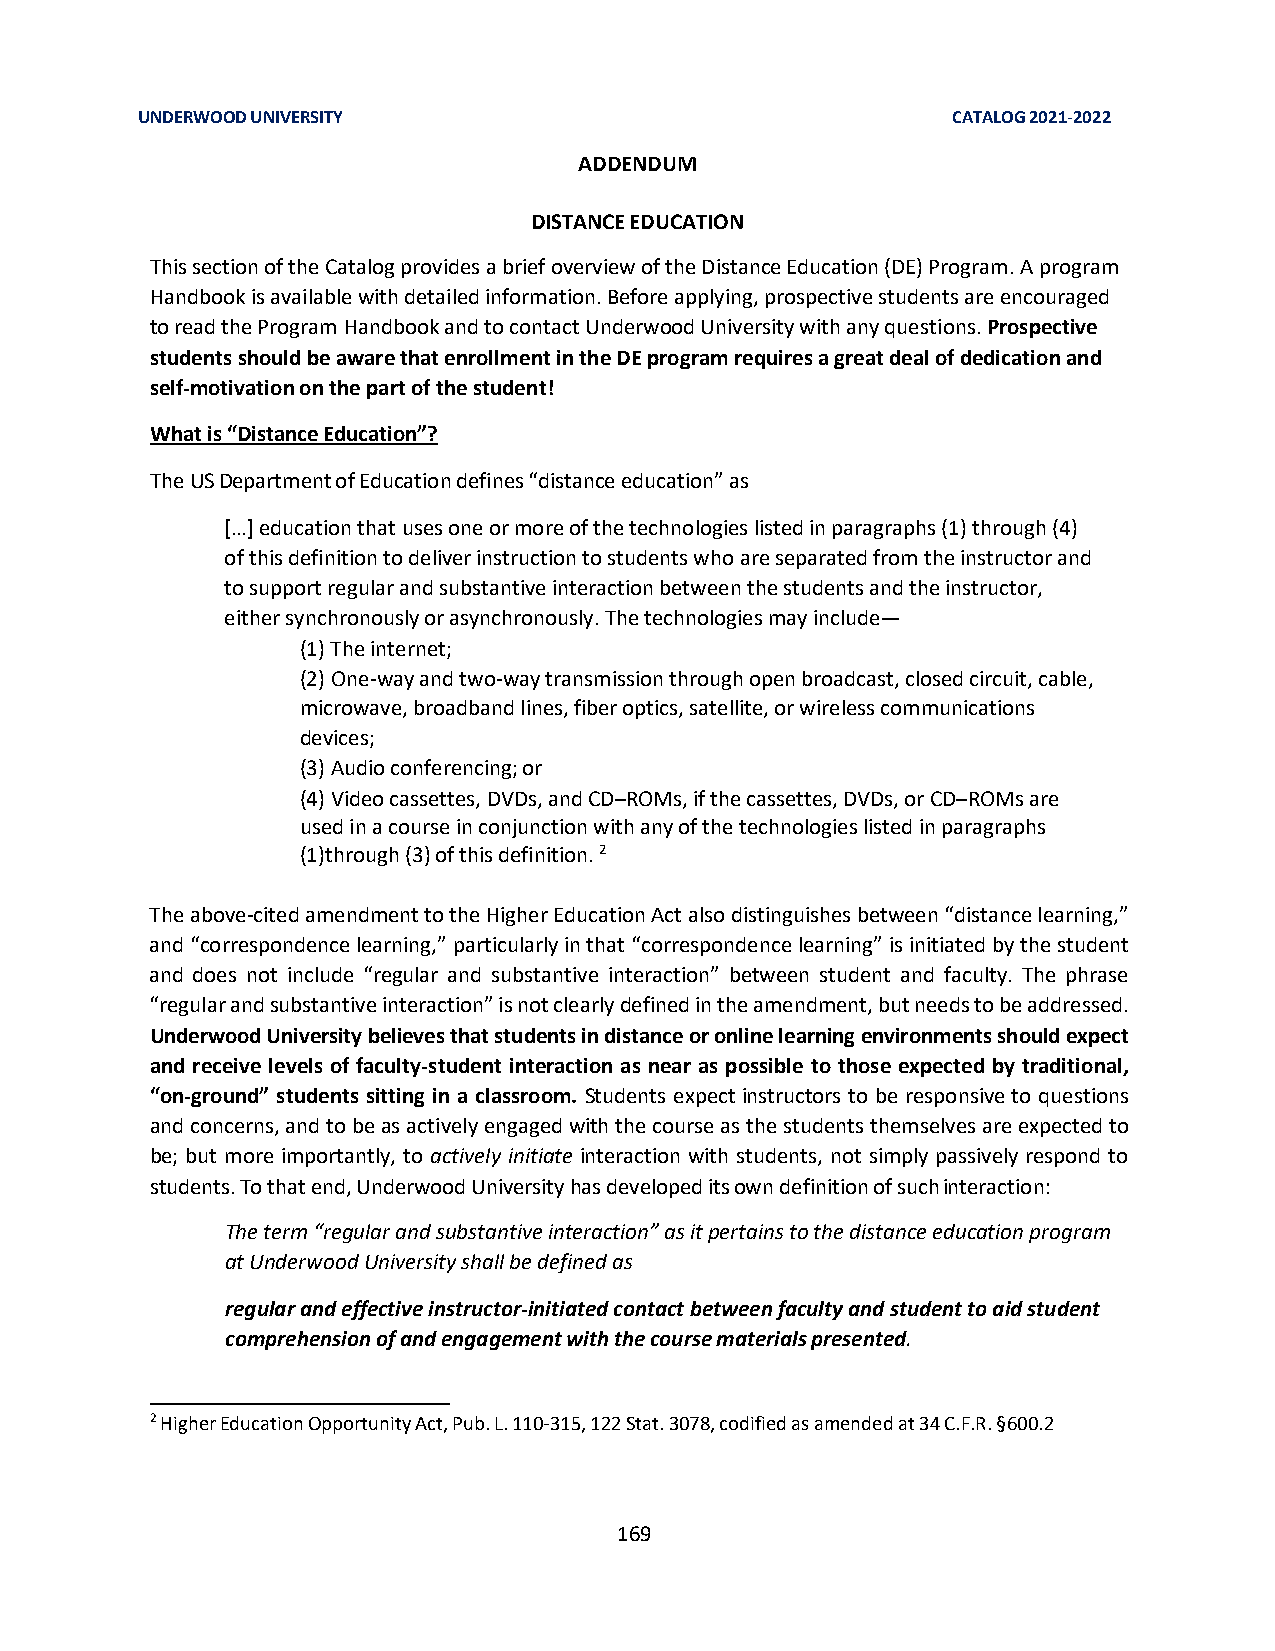
UNDERWOOD UNIVERSITY                                  CATALOG 2021-2022
 ADDENDUM
 DISTANCE EDUCATION
 This section of the Catalog provides a brief overview of the Distance Education (DE) Program. A program
 Handbook is available with detailed information. Before applying, prospective students are encouraged
 to read the Program Handbook and to contact Underwood University with any questions. Prospective
 students should be aware that enrollment in the DE program requires a great deal of dedication and
 self-motivation on the part of the student!
 What is “Distance Education”?
 The US Department of Education defines “distance education” as
 […] education that uses one or more of the technologies listed in paragraphs (1) through (4)
 of this definition to deliver instruction to students who are separated from the instructor and
 to support regular and substantive interaction between the students and the instructor,
 either synchronously or asynchronously. The technologies may include—
 (1) The internet;
 (2) One-way and two-way transmission through open broadcast, closed circuit, cable,
 microwave, broadband lines, fiber optics, satellite, or wireless communications
 devices;
 (3) Audio conferencing; or
 (4) Video cassettes, DVDs, and CD–ROMs, if the cassettes, DVDs, or CD–ROMs are
 used in a course in conjunction with any of the technologies listed in paragraphs
 (1)through (3) of this definition. 2
 The above-cited amendment to the Higher Education Act also distinguishes between “distance learning,”
 and “correspondence learning,” particularly in that “correspondence learning” is initiated by the student
 and does not include “regular and substantive interaction” between student and faculty. The phrase
 “regular and substantive interaction” is not clearly defined in the amendment, but needs to be addressed.
 Underwood University believes that students in distance or online learning environments should expect
 and receive levels of faculty-student interaction as near as possible to those expected by traditional,
 “on-ground” students sitting in a classroom. Students expect instructors to be responsive to questions
 and concerns, and to be as actively engaged with the course as the students themselves are expected to
 be; but more importantly, to actively initiate interaction with students, not simply passively respond to
 students. To that end, Underwood University has developed its own definition of such interaction:
 The term “regular and substantive interaction” as it pertains to the distance education program
 at Underwood University shall be defined as
 regular and effective instructor-initiated contact between faculty and student to aid student
 comprehension of and engagement with the course materials presented.
 2 Higher Education Opportunity Act, Pub. L. 110-315, 122 Stat. 3078, codified as amended at 34 C.F.R. §600.2
 169